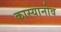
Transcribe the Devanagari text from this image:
कास्यानोव